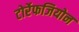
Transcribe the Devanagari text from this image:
टोर्रेफजियोन